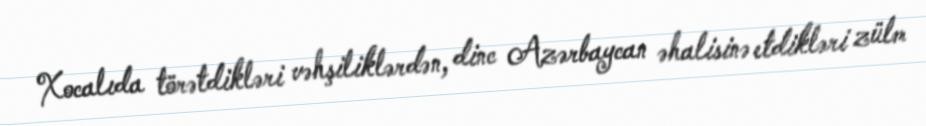
Xocalıda törətdikləri vəhşiliklərdən, dinc Azərbaycan əhalisinə etdikləri zülm